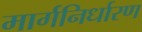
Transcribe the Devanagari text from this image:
मार्गनिर्धारण